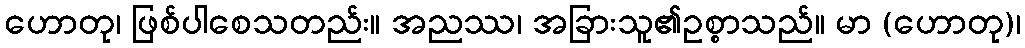
ဟောတု၊ ဖြစ်ပါစေသတည်း။ အညဿ၊ အခြားသူ၏ဥစ္စာသည်။ မာ (ဟောတု)၊